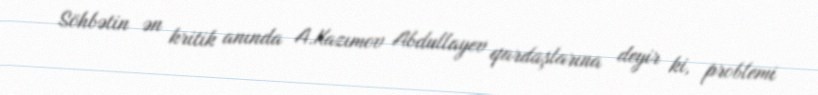
Söhbətin ən kritik anında A.Kazımov Abdullayev qardaşlarına deyir ki, problemi